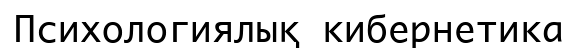
Психологиялық кибернетика